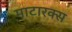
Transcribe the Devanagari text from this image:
माटारक्स